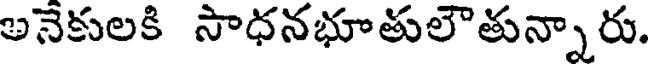
అనెకులకి సాధనభూతులౌతున్నారు.